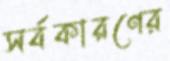
সর্বকারণের